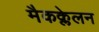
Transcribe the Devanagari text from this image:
मैकक्लेलन